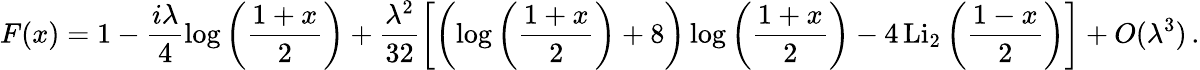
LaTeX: F(x)=1-\frac{i\lambda}{4}\log{\left(\frac{1+x}{2}\right)}+\frac{\lambda^{2}}{32}\left[\left(\log{\left(\frac{1+x}{2}\right)}+8\right)\log{\left(\frac{1+x}{2}\right)}-4\, \mathrm{Li}_{2}\left(\frac{1-x}{2}\right)\right]+O(\lambda^{3})\, .